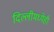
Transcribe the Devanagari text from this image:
दिल्लीमध्येही